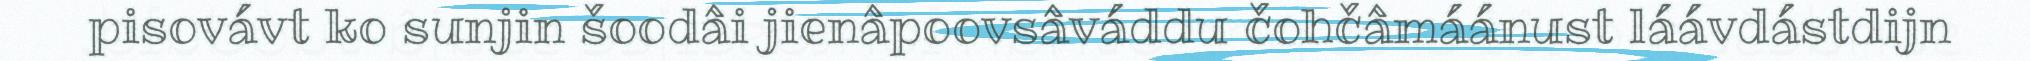
pisovávt ko sunjin šoodâi jienâpoovsâváddu čohčâmáánust láávdástdijn